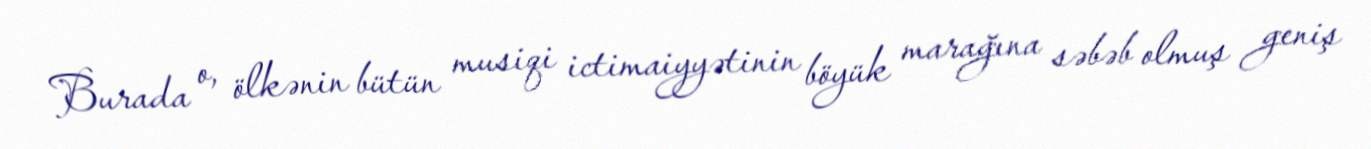
Burada o, ölkənin bütün musiqi ictimaiyyətinin böyük marağına səbəb olmuş geniş